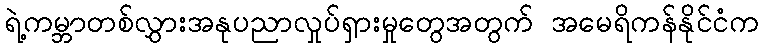
ရဲ့ကမ္ဘာတစ်လွှားအနုပညာလှုပ်ရှားမှုတွေအတွက် အမေရိကန်နိုင်ငံက